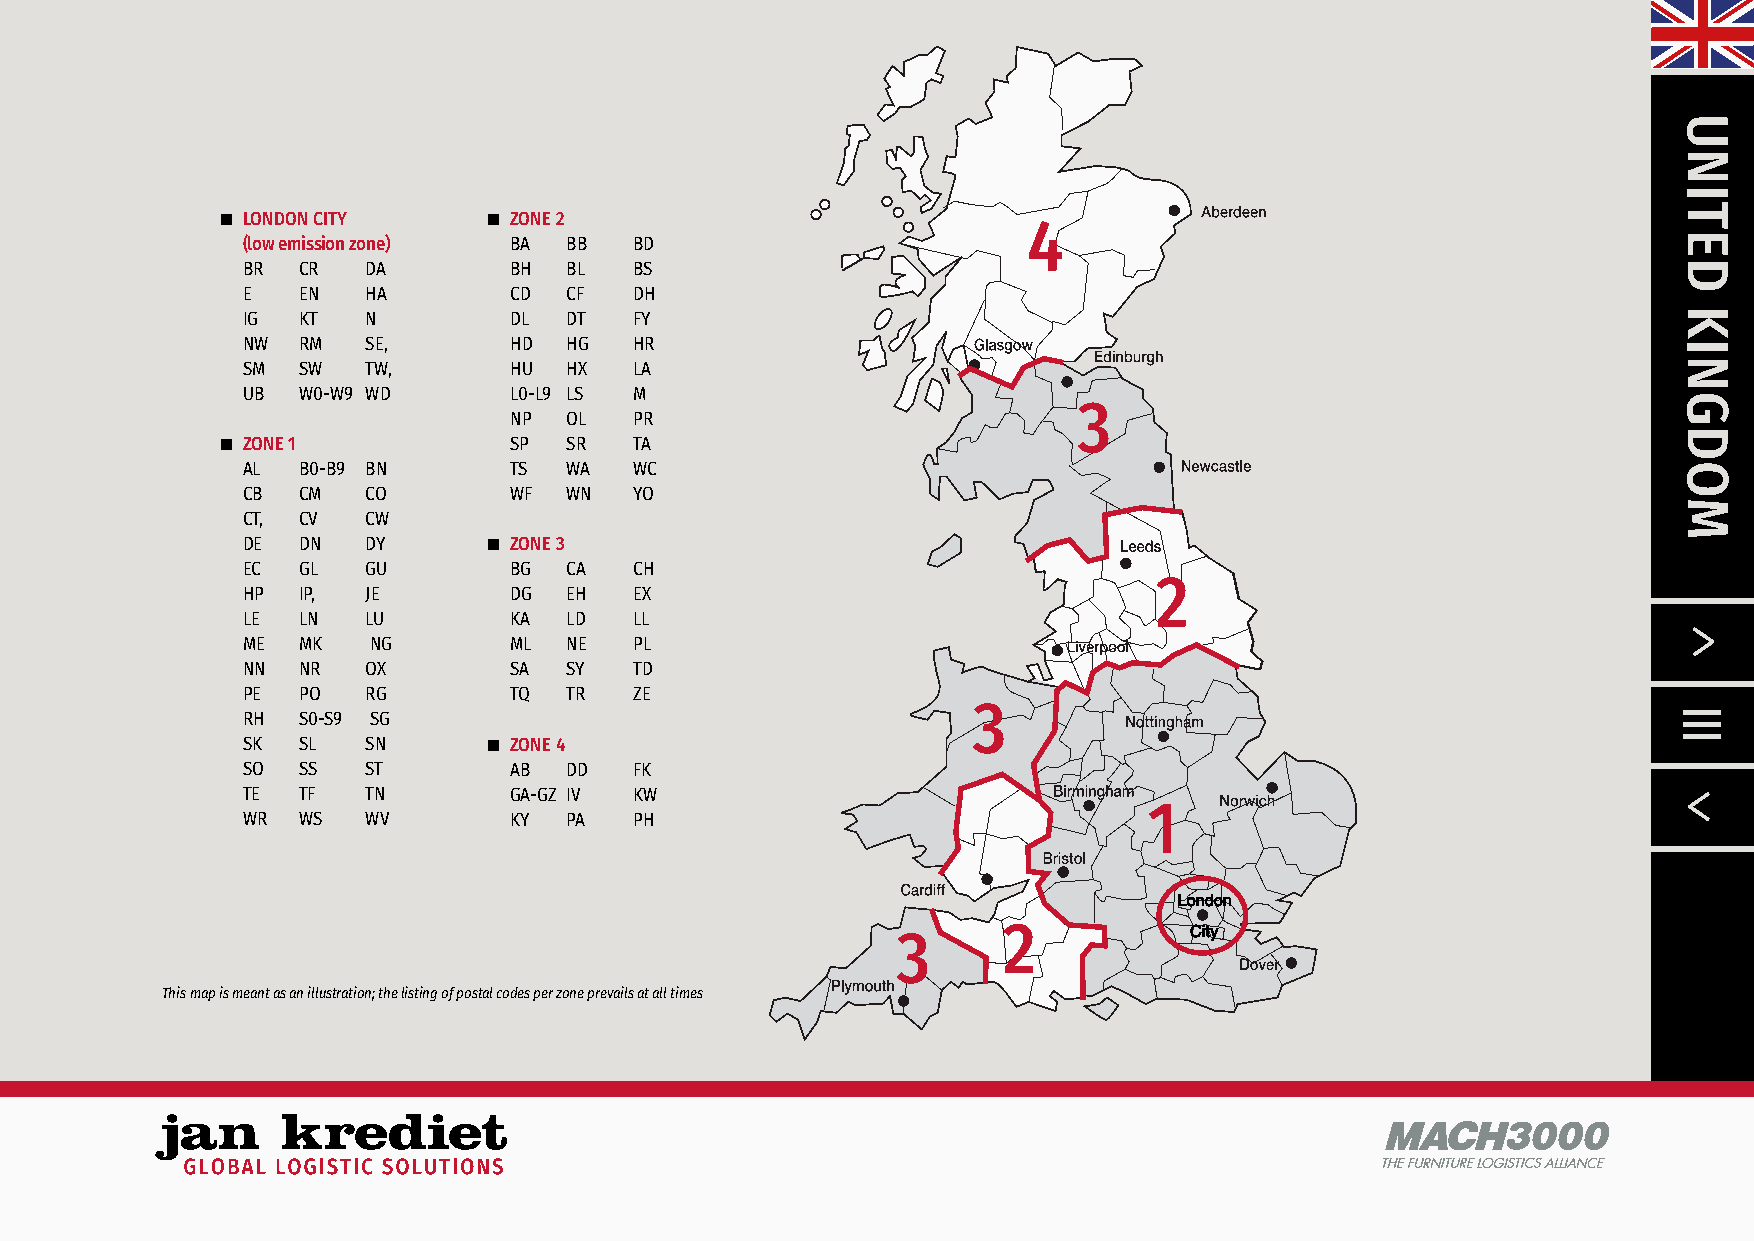
n LONDON CITY    n ZONE 2
 4
 (low emission zone) BA BB BD
 BR  CR  DA        BH BL   BS
 E   EN  HA        CD CF   DH
 IG  KT  N         DL DT   FY
 NW  RM  SE,       HD HG   HR
 SM  SW  TW,       HU HX   LA
 UB  W0-W9 WD      L0-L9 LS M
 3
 NP OL   PR
 n ZONE 1           SP SR   TA
 AL  B0-B9 BN      TS WA   WC
 CB  CM  CO        WF WN   YO
 CT, CV  CW
 DE  DN  DY      n ZONE 3
 EC  GL  GU        BG CA   CH
 2
 HP  IP, JE        DG EH   EX
 LE  LN  LU        KA LD   LL
 ME  MK  NG        ML NE   PL
 NN  NR  OX        SA SY   TD
 PE  PO  RG        TQ TR   ZE
 3
 RH  S0-S9 SG
 SK  SL  SN      n ZONE 4
 SO  SS  ST        AB DD   FK
 TE  TF  TN        GA-GZ IV KW
 1
 WR  WS  WV        KY PA   PH
 2
 3
 This map is meant as an illustration; the listing of postal codes per zone prevails at all times
 MACH3000
 THE FURNITUREL OGISTIACSl l/ANCE
 UNITED
 KINGDOM